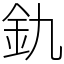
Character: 釚